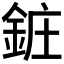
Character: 𬫝